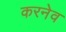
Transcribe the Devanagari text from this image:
करनेव